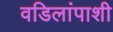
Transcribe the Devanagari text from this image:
वडिलांपाशी